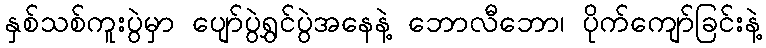
နှစ်သစ်ကူးပွဲမှာ ပျော်ပွဲရွှင်ပွဲအနေနဲ့ ဘောလီဘော၊ ပိုက်ကျော်ခြင်းနဲ့